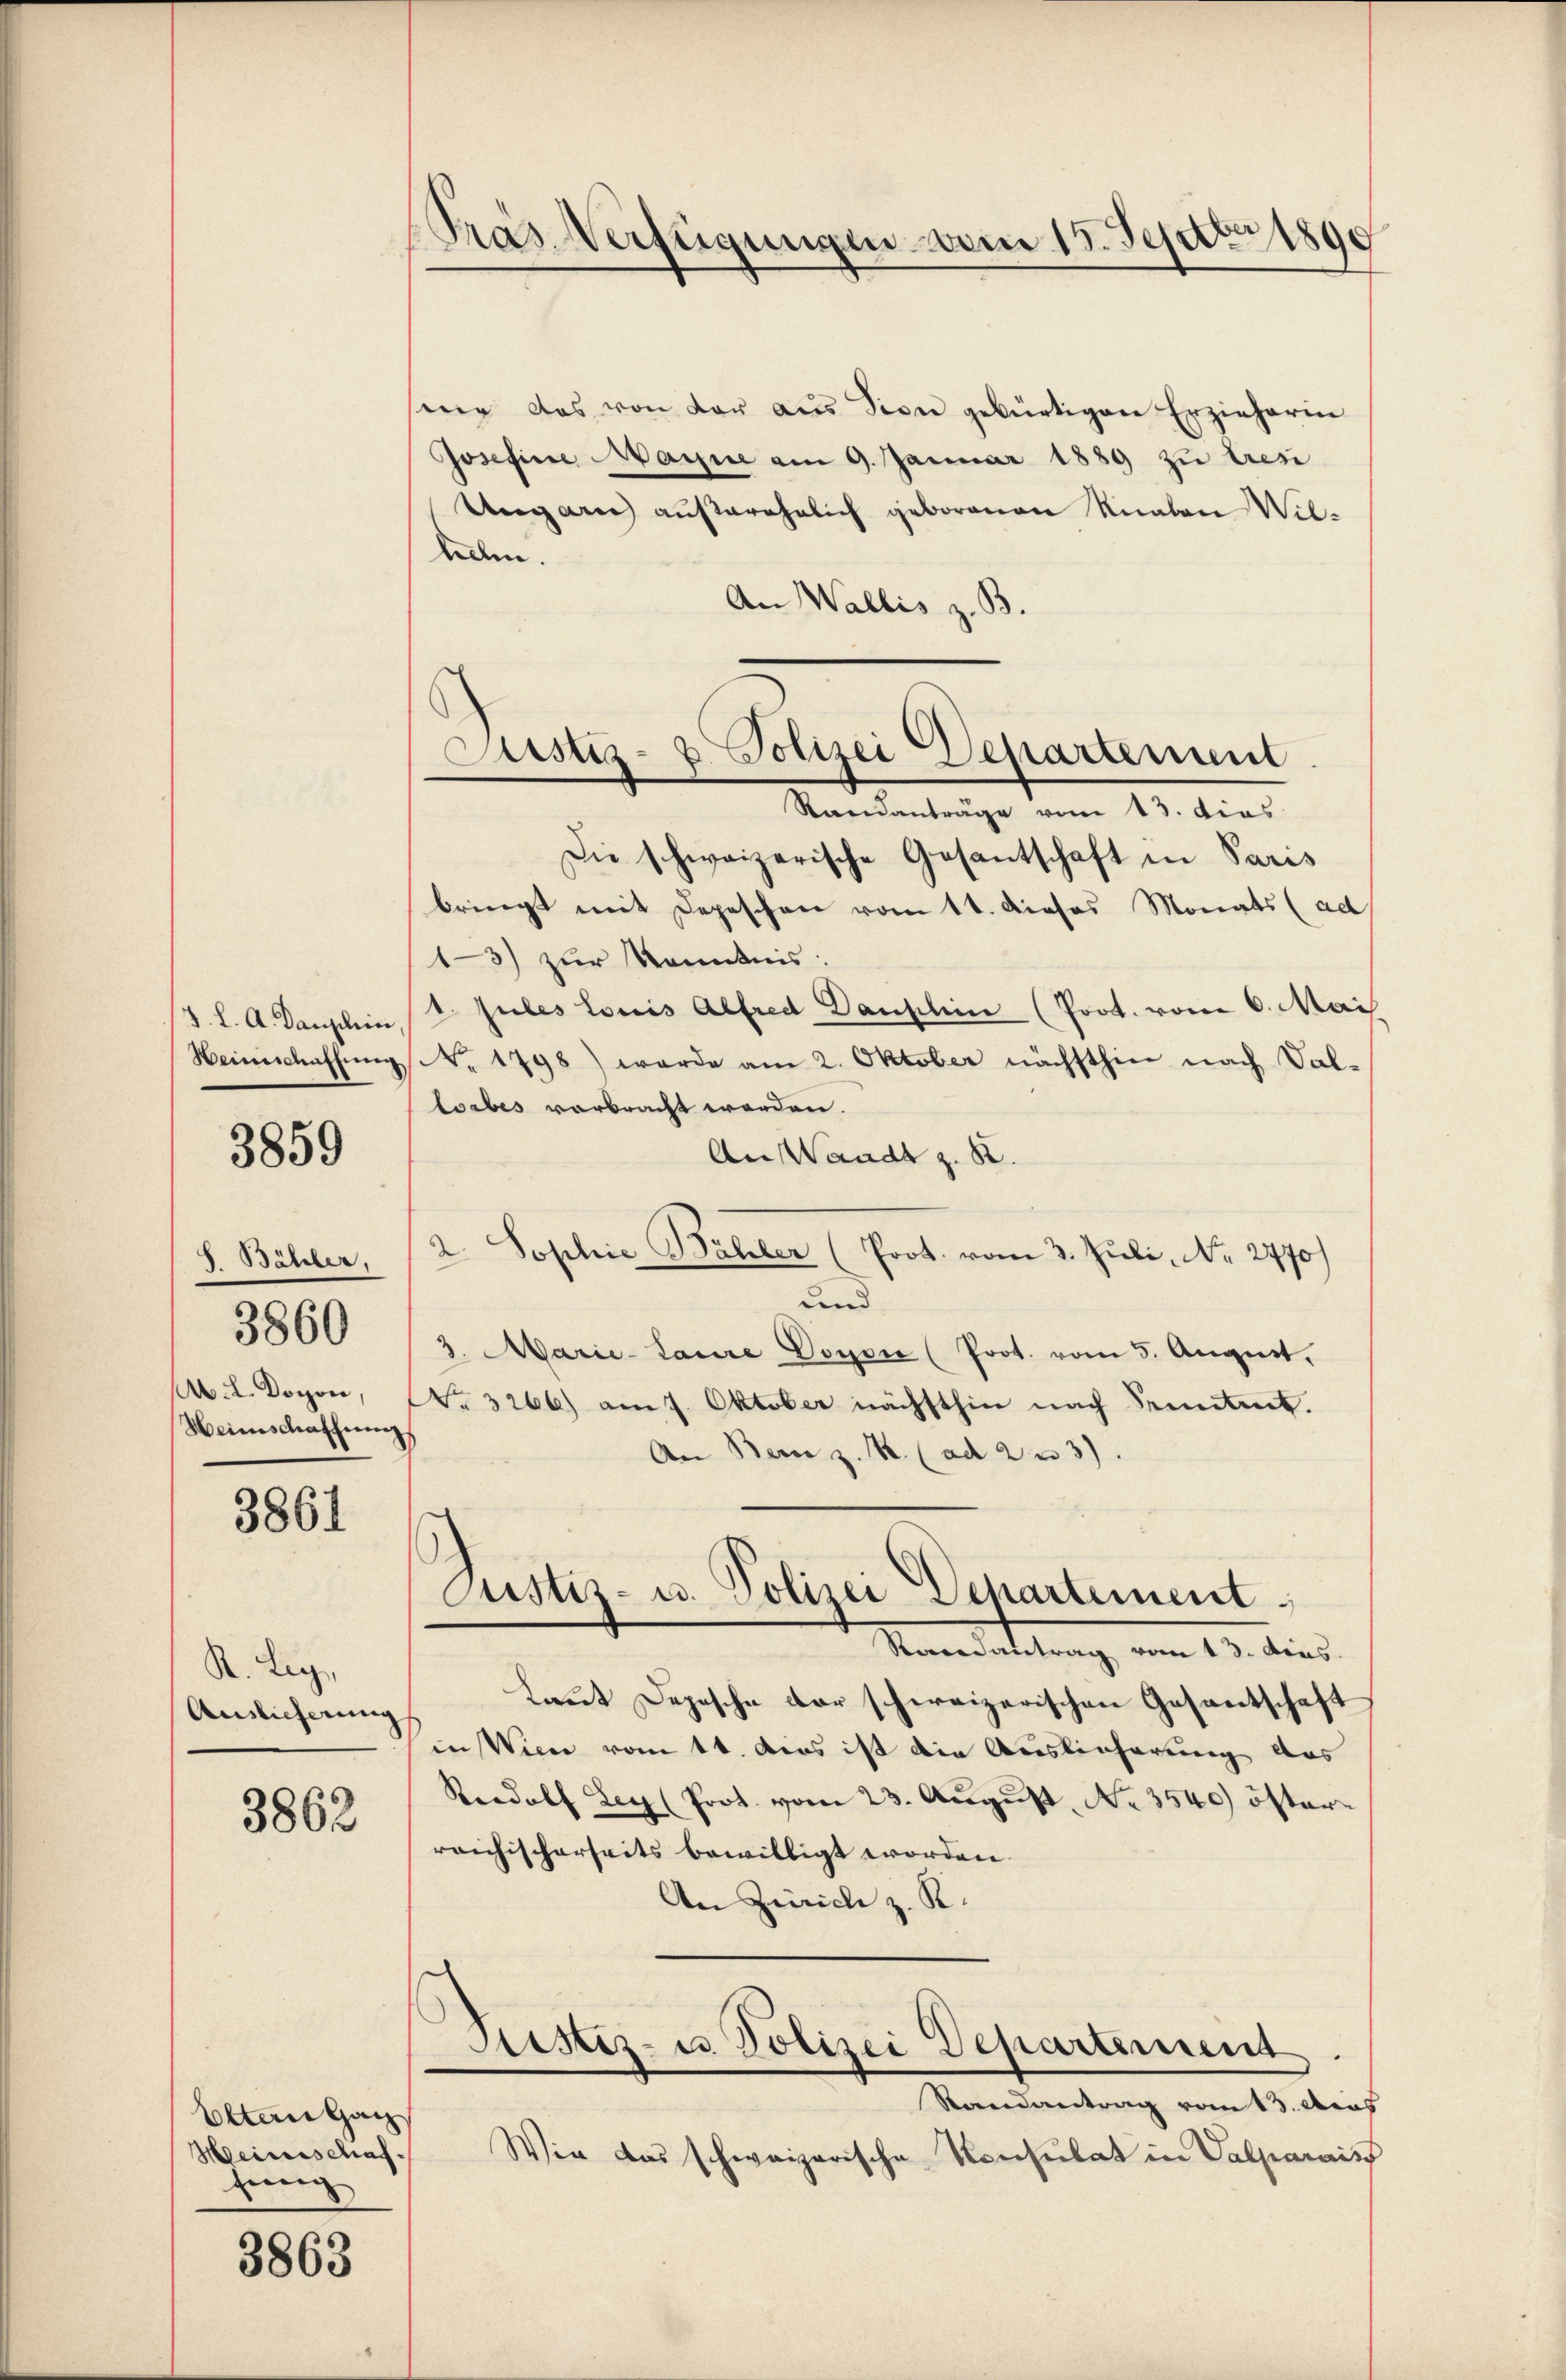
3. l. A. Danzlein
Heimschaffung

3859

S. Bähler,
M. L. Dochon,
Heimschaffung

3860

3861

S. Leg
Auslieferung

3862

Olten Ganz
Heinschaffung

3863

d
Pras Verfügungen vom 15. Septbr 1890

Justiz- & Polizei Departement

sene das von der aus sien gebürtigen Erzieherinn
Josefine Manne am 9. Januar 1889 zu tresi
Ungarn außerehelich geborenen Knaben Wil-
lden.
An Wallis z. B.
Randanträge vom 13. dies
Die schweizerische Gesantschaft in Paris
bringt mit Depeschen vom 11. dieses Monats (ad
13) zur Kenntnis.
1. Jules Louis Alfred Danschen (Prot. vom 6. Mai.
NNo. 1798) werde am 2. Oktober nächsthin nach Val-
lorbes verbracht worden.
An Waadt z. B.
2. Sophie Bähler (Prot. vom 3. Juli, Nr. 2770)
und
8. Marie-Laure Doyer (Prot. vom 5. August,
No. 3266) am 7. Oktober nächsthin nach Seitet.
An Bern z. B. (ad 23).
Justiz- u. Polizei Departement
Ravenantrag vom 13. dies
Laut Depesche der schweizerischen Gesantschaft
in Wien vom 11. das ist die Auslieferung des
Reedolf Ley (Prot. vom 23. Aŭgŭst No. 3540) öster
reichischerseits bewilligt worden.
An Zürich z. K.
Justiz- u. Polizei Departement
Randantrag vom 13. Das
Wie das schweizerische Konsulat in Valparais